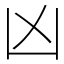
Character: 凶